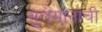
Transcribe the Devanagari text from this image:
सुलेमानाची